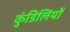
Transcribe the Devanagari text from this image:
कुंडिलियों